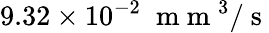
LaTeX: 9.32\times 10^{-2}\; \mathrm{~m~m~}^{3}/\mathrm{~s~}